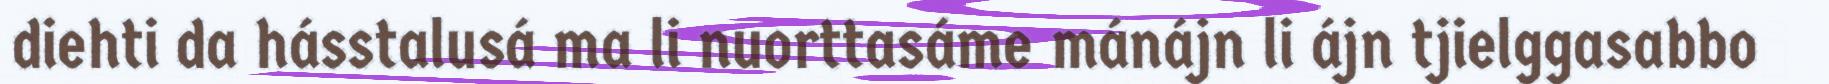
diehti da hásstalusá ma li nuorttasáme mánájn li ájn tjielggasabbo